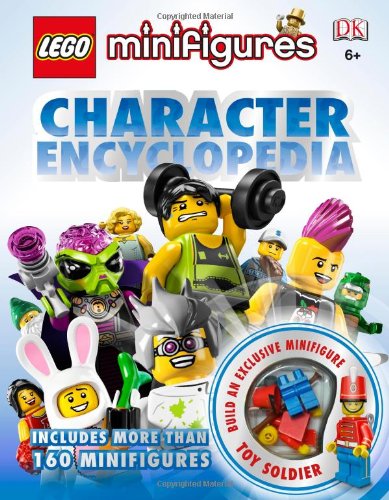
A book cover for LEGO Minifigures: Character Encyclopedia; Daniel Lipkowitz; Children's Books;